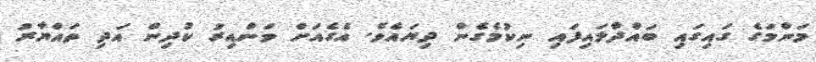
މަންމަގެ ގައިގައި ބައްދާލައިފައި ނިކުމެގެން ދިޔައެވެ. އެގެއަށް ވަންއިރު ކުދިން އަދި ތައްޔާރު